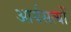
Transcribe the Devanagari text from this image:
आर्यसत्यों